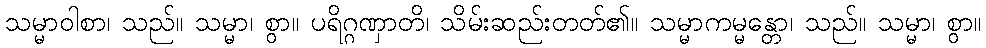
သမ္မာဝါစာ၊ သည်။ သမ္မာ၊ စွာ။ ပရိဂ္ဂဏှာတိ၊ သိမ်းဆည်းတတ်၏။ သမ္မာကမ္မန္တော၊ သည်။ သမ္မာ၊ စွာ။